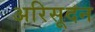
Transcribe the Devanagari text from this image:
अरिसूदन